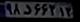
۹۸د۶۶۳۱۳